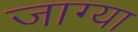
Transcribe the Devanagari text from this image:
जाग्या